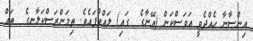
އިންސާނާ ހެއްދެވީ އަވަސްކަން (އޭނާގެ  ގައި) ލައްވާފައެވެ. ތިމަންރަސްކަލާނގެ  ތައް